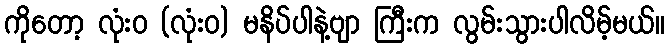
ကိုတော့ လုံးဝ (လုံးဝ) မနိပ်ပါနဲ့ဗျာ ကြီးက လွမ်းသွားပါလိမ့်မယ်။